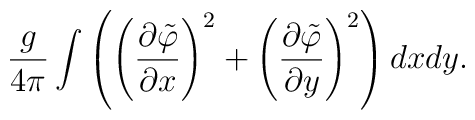
\frac{g}{4\pi}\int\left(\left(\frac{\partial\tilde\varphi}{\partial x}\right)^2+    \left(\frac{\partial\tilde\varphi}{\partial y}\right)^2\right)dxdy.